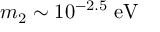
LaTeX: m _ { 2 } \sim 1 0 ^ { - 2 . 5 } \; \mathrm { e V }